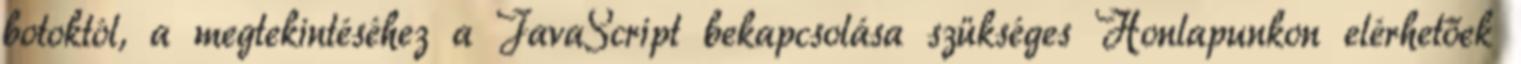
botoktól, a megtekintéséhez a JavaScript bekapcsolása szükséges Honlapunkon elérhetőek